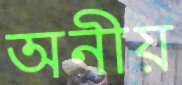
অনীয়